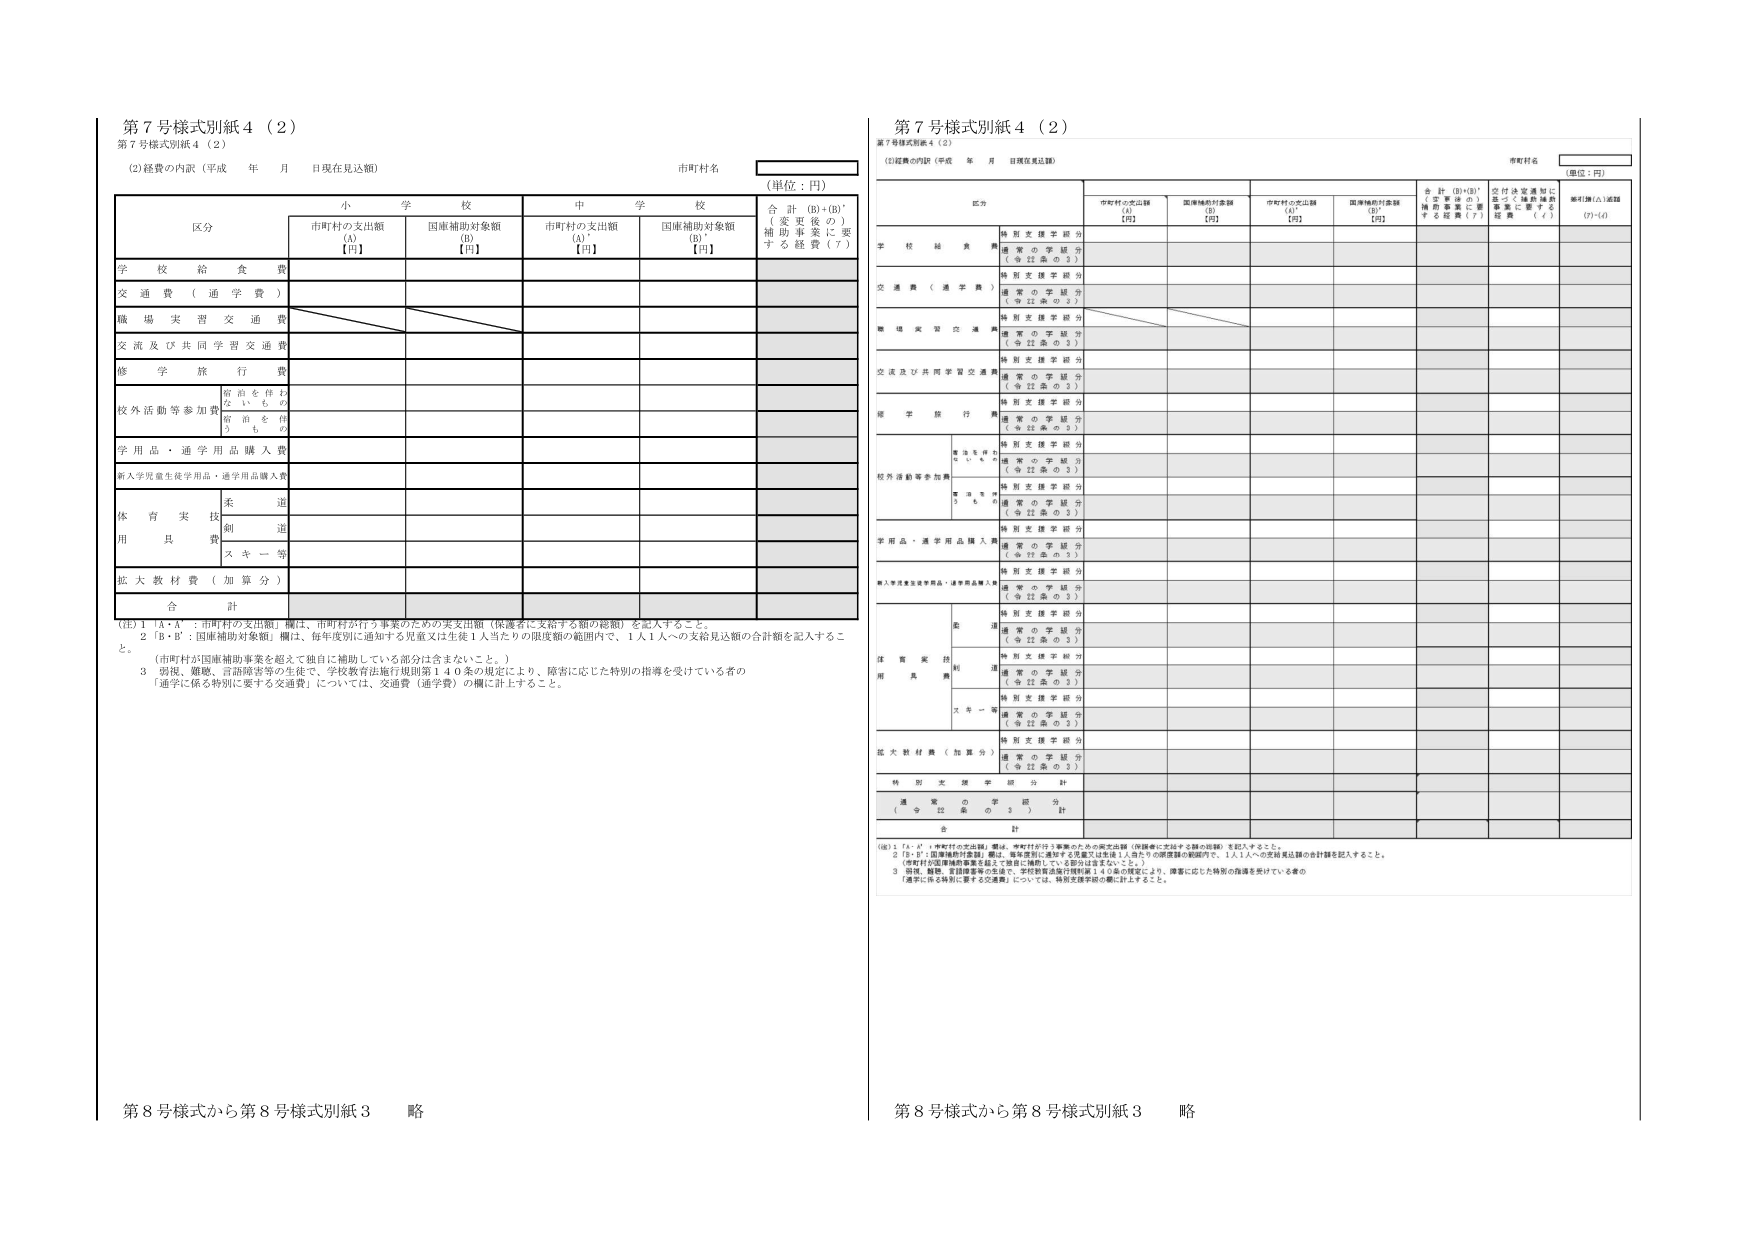
第７号様式別紙４（２）
第７号様式別紙４（２）
（2）経費の内訳（平成 年 月 日現在見込額）
市町村名
（単位：円）
区分
小学校
中学校
合計（B）＋（B'）
（変更後の）補助事業に要する経費（７）
市町村の支出額（A）【円】
国庫補助対象額（B）【円】
市町村の支出額（A'）【円】
国庫補助対象額（B'）【円】
学校給食費
交通費（通学費）
職場実習交通費
交流及び共同学習交通費
修学旅行費
校外活動等参加費
宿泊を伴わないもの
宿泊を伴うもの
学用品・通学用品購入費
新入学児童生徒学用品・通学用品購入費
体育実技用具費
柔道
剣道
スキー等
拡大教材費（加算分）
合計
（注）１「A・A'：市町村の支出額」欄は、市町村が行う事業のための実支出額（保護者に支給する額の総額）を記入すること。
　　２「B・B'：国庫補助対象額」欄は、毎年度別に通知する児童又は生徒１人当たりの限度額の範囲内で、１人１人への支給見込額の合計額を記入すること。
　　　（市町村が国庫補助事業を超えて独自に補助している部分は含まないこと。）
　　３ 障害、難聴、言語障害等の生徒で、学校教育法施行規則第１４０条の規定により、障害に応じた特別の指導を受けている者の「通学に係る特別に要する交通費」については、交通費（通学費）の欄に計上すること。

第８号様式から第８号様式別紙３　略

第７号様式別紙４（２）
第７号様式別紙４（２）
（2）経費の内訳（平成 年 月 日現在見込額）
市町村名
（単位：円）
区分
市町村の支出額（A）【円】
国庫補助対象額（B）【円】
市町村の支出額（A'）【円】
国庫補助対象額（B'）【円】
合計（B）＋（B'）（変更後の）補助事業に要する経費（７）
交付決定通知に基づく補助事業に要する経費（６）
差引額（△）追加
（7）-（6）
学校給食費
特別支援学級分（※対象の３）
通常の学級分（※対象の３）
交通費（通学費）
特別支援学級分（※対象の３）
通常の学級分（※対象の３）
職場実習交通費
特別支援学級分（※対象の３）
通常の学級分（※対象の３）
交流及び共同学習交通費
特別支援学級分（※対象の３）
通常の学級分（※対象の３）
修学旅行費
特別支援学級分（※対象の３）
通常の学級分（※対象の３）
校外活動等参加費
宿泊を伴わないもの
特別支援学級分（※対象の３）
通常の学級分（※対象の３）
宿泊を伴うもの
特別支援学級分（※対象の３）
通常の学級分（※対象の３）
学用品・通学用品購入費
特別支援学級分（※対象の３）
通常の学級分（※対象の３）
新入学児童生徒学用品・通学用品購入費
特別支援学級分（※対象の３）
通常の学級分（※対象の３）
体育実技用具費
柔道
特別支援学級分（※対象の３）
通常の学級分（※対象の３）
剣道
特別支援学級分（※対象の３）
通常の学級分（※対象の３）
スキー等
特別支援学級分（※対象の３）
通常の学級分（※対象の３）
拡大教材費（加算分）
特別支援学級分（※対象の３）
通常の学級分（※対象の３）
特別支援学級分計
通常の学級分計（※対象の３）
合計
（注）１「A・A'：市町村の支出額」欄は、市町村が行う事業のための実支出額（保護者に支給する額の総額）を記入すること。
　　２「B・B'：国庫補助対象額」欄は、毎年度別に通知する児童又は生徒１人当たりの限度額の範囲内で、１人１人への支給見込額の合計額を記入すること。
　　　（市町村が国庫補助事業を超えて独自に補助している部分は含まないこと。）
　　３ 障害、難聴、言語障害等の生徒で、学校教育法施行規則第１４０条の規定により、障害に応じた特別の指導を受けている者の「通学に係る特別に要する交通費」については、特別支援学級の欄に計上すること。

第８号様式から第８号様式別紙３　略